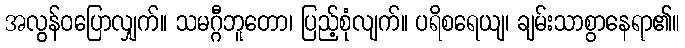
အလွန်ဝပြောလျှက်။ သမဂ္ဂီဘူတော၊ ပြည့်စုံလျက်။ ပရိစရေယျ၊ ချမ်းသာစွာနေရာ၏။